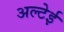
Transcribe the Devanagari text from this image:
अल्टेई